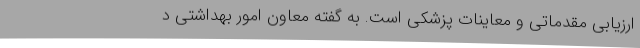
ارزیابی مقدماتی و معاینات پزشکی است. به گفته معاون امور بهداشتی د